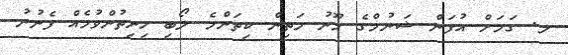
ލ. ގަމަށް އުފަން ޝަނުމްގެ މޫނު މަތިން ކިތަންމެ ލޯބި ހިނިތުންވުމެއް ފެނުނު